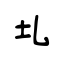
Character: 圠